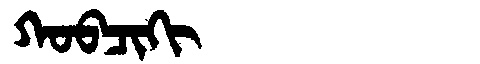
Manchu: ᡴᠣᠪᠴᡳᡴᡳ
Romanization: KOBCIKI